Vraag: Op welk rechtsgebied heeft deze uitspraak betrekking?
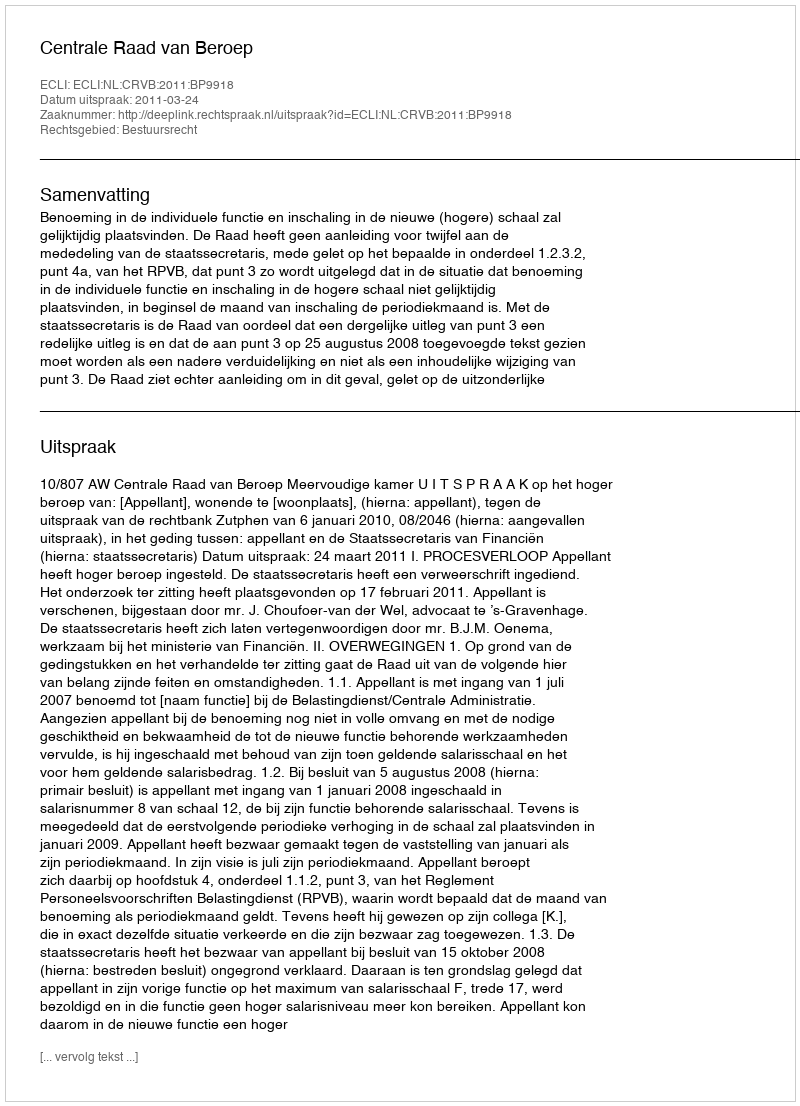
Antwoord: Bestuursrecht